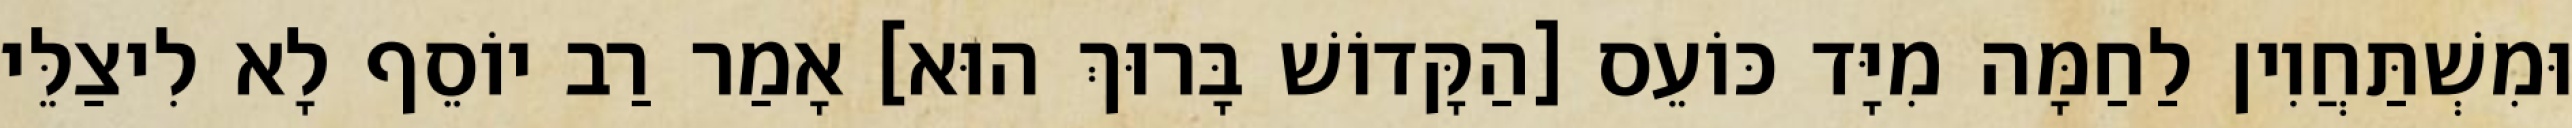
וּמִשְׁתַּחֲוִין לַחַמָּה מִיָּד כּוֹעֵס [הַקָּדוֹשׁ בָּרוּךְ הוּא] אָמַר רַב יוֹסֵף לָא לִיצַלֵּי